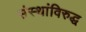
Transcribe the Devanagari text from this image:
संस्थांविरुद्ध